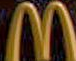
M